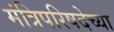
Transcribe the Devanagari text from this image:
मंत्रिपरिषदेच्या